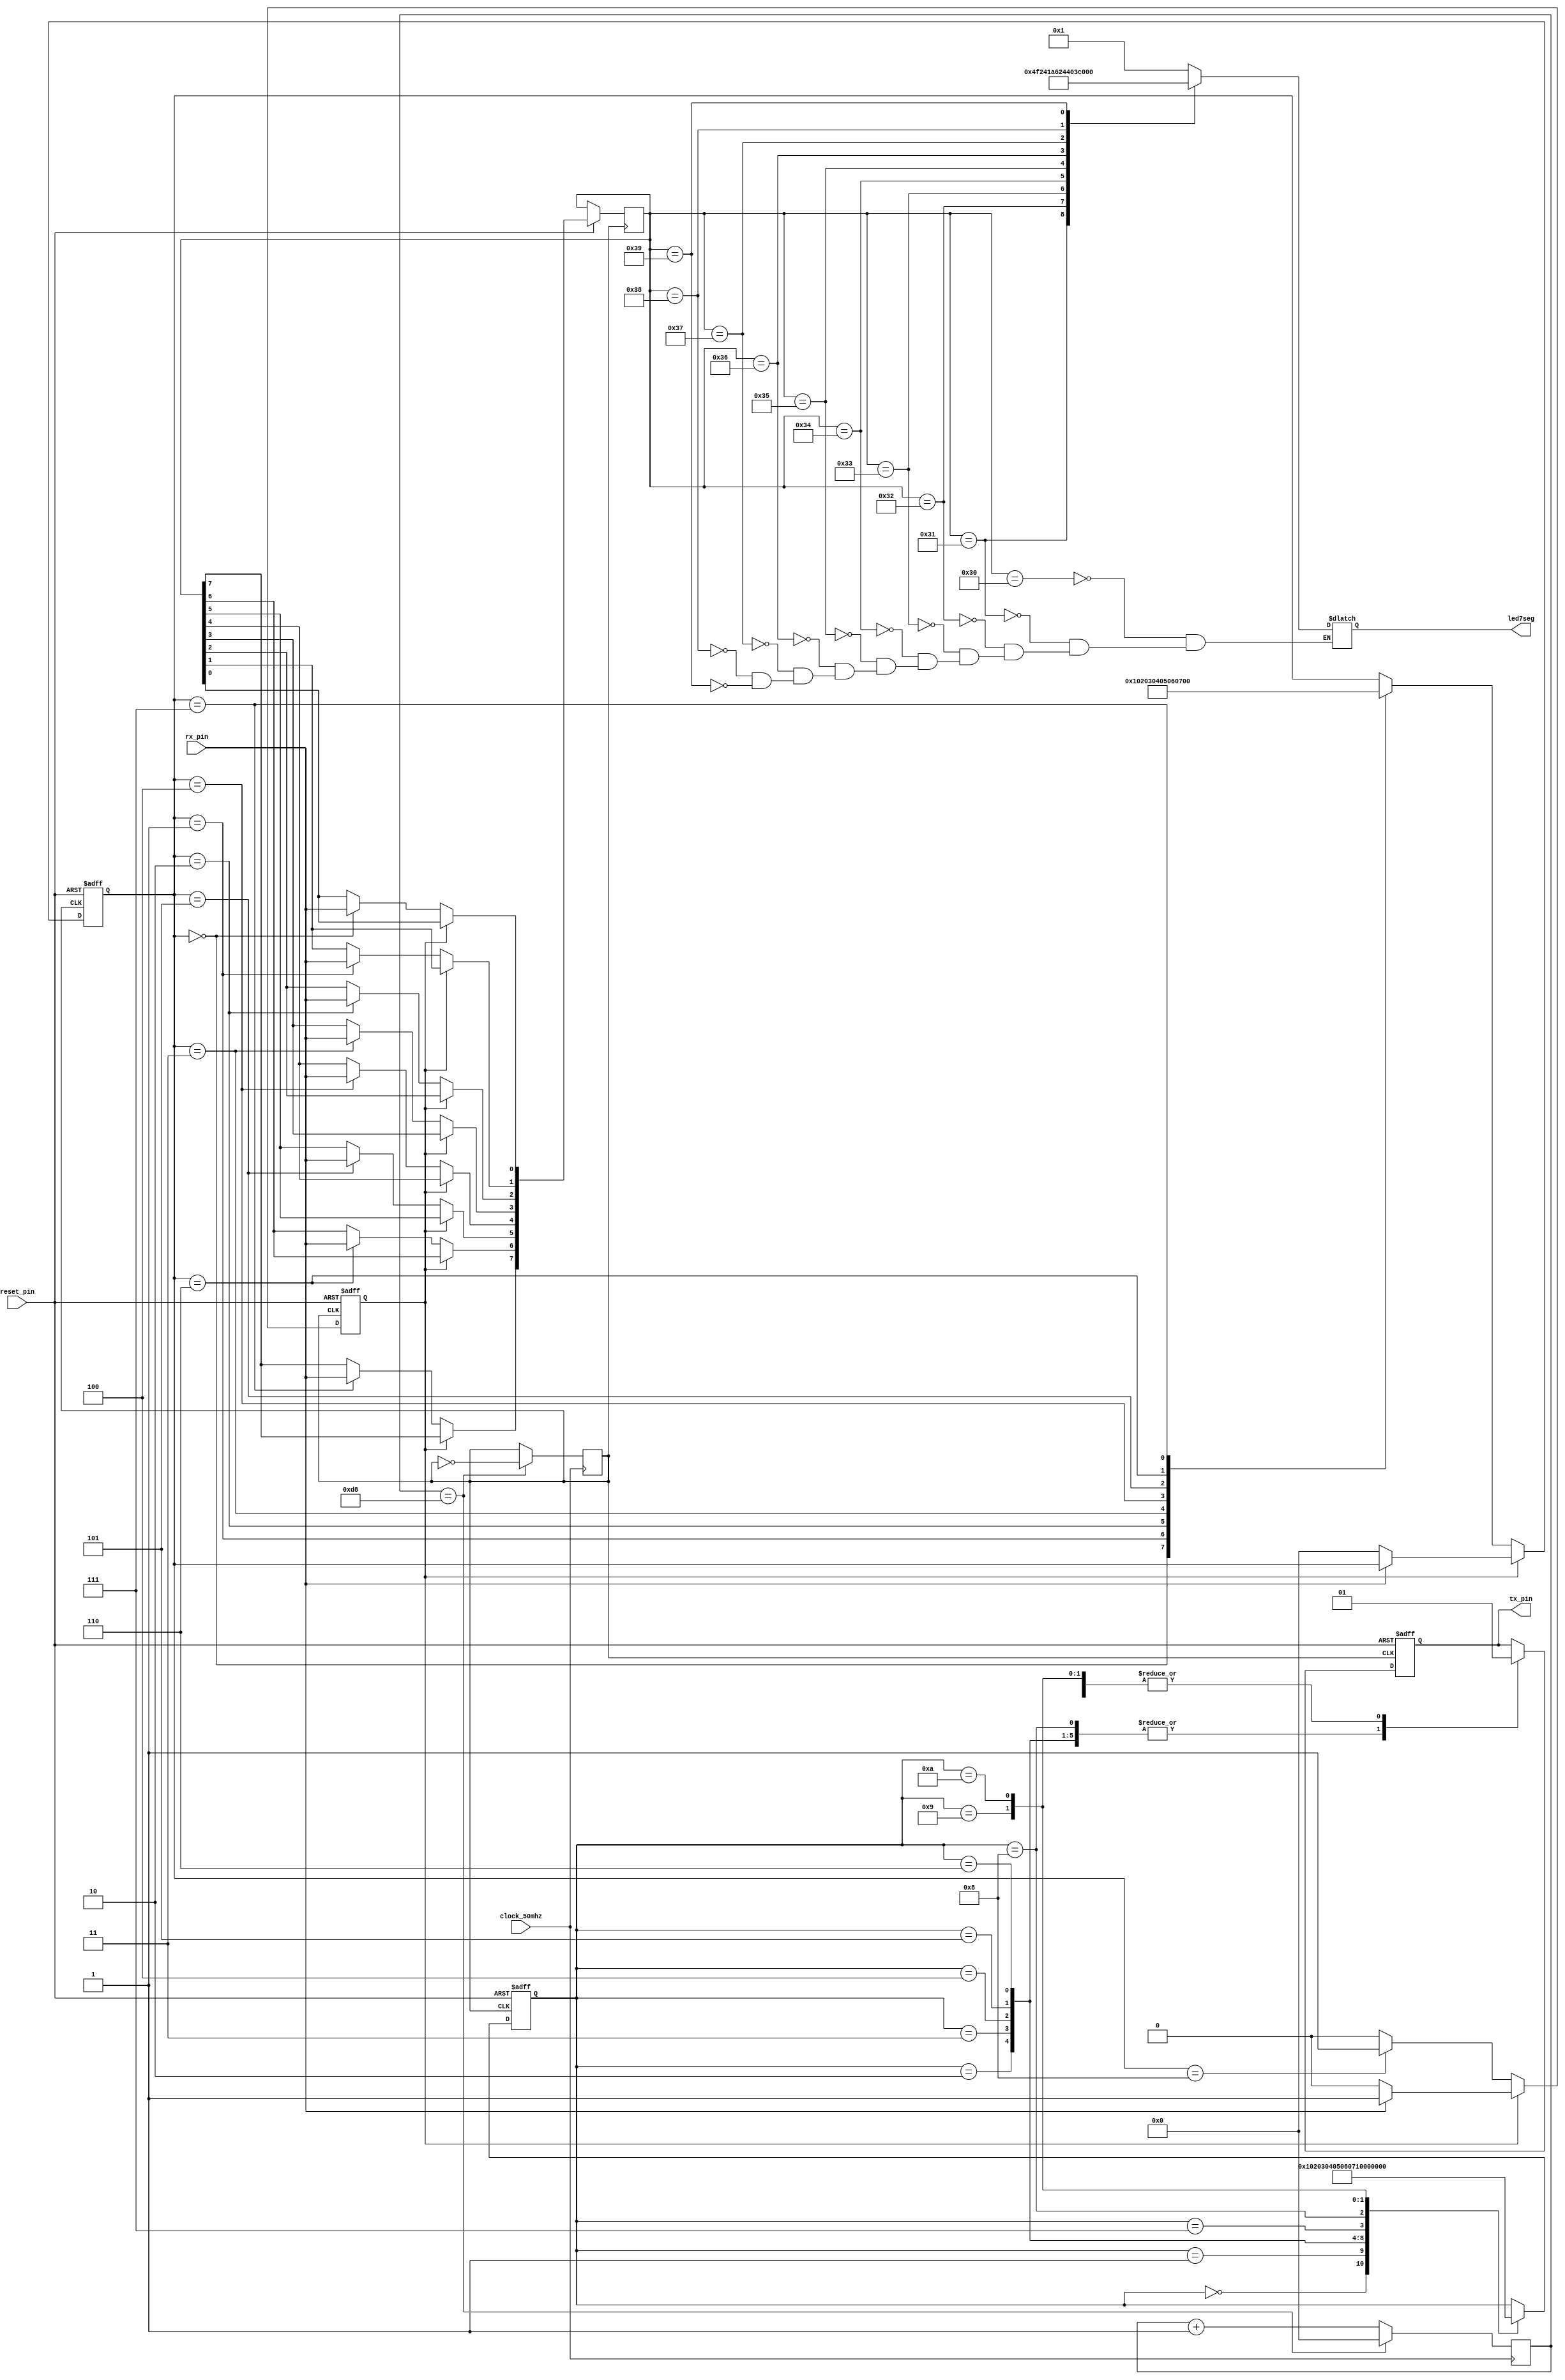
module uartLib(clock_50mhz, 
					tx_pin, 
					rx_pin, 
					reset_pin, 
					//clock_out, 
					//tx_test, 
					led7seg);

// khai bao các chan vào ra
input 	clock_50mhz;
input 	rx_pin;
input		reset_pin;
output	tx_pin;
//output	tx_test;							// kiem tra frame truyen
//output	clock_out;						// kiem tra xung clock baurate
output [0:6] led7seg;

// tao cac bien thay doi
reg rx;				
reg tx;

reg 		[7:0] 	data_tx = 8'h41;	// du lieu rx gui di
reg		[7:0]		data_rx;				// du lieu rx nhan duoc
reg		[7:0]		counter; 			// 50000000:115200:2 = 217. tính so xung cho 1 nua chu ky baurate 115200/s
reg					clock; 				// lAY Xung cạnh len duoc tan so 115200/s baurate mong muon.
reg		[7:0]		stt_tx;				//	trang thai khung truyen uart
reg		[7:0]		stt_rx;				//	trang thai khung nhan uart
reg					rx_ready;			//	bit kiem tra chân rx da san sang nhan du lieu hay chua = 1 la san sang

reg		[7:0] 	HEX1;					// bien gan gia tri rx nhan duoc sang ma led 7 doan


// chuong trinh tao 1 xung clock co baurade 115200 xung /s
always@(posedge clock_50mhz)
	begin
		if(counter == 8'd216)
			begin
				counter<=0;
				clock= ~clock; 
			end
		else
			counter <= counter + 1;
	end



// chuong trinh uart gui du lieu	
always@(posedge clock or negedge reset_pin)
	begin
		if(!reset_pin)																	//khoi tao
			begin
				stt_tx <= 0;				
				tx <= 1;
			end
		else 
			case(stt_tx)
				8'd0: begin tx<=0; 				stt_tx<=1; end					// start
				8'd1:	begin tx <= data_tx[0]; stt_tx<=2; end					// gui bit lsb - bit[0]
				8'd2:	begin tx <= data_tx[1]; stt_tx<=3; end					//  bit[1]
				8'd3:	begin tx <= data_tx[2]; stt_tx<=4; end					//  bit[2]
				8'd4:	begin tx <= data_tx[3]; stt_tx<=5; end					//  bit[3]
				8'd5:	begin tx <= data_tx[4]; stt_tx<=6; end					//  bit[4]
				8'd6:	begin tx <= data_tx[5]; stt_tx<=7; end					//  bit[5]
				8'd7:	begin tx <= data_tx[6]; stt_tx<=8; end					//  bit[6]
				8'd8:	begin tx <= data_tx[7]; stt_tx<=9; end					//  gui bit msb - bit[7]
				8'd9:	begin tx <= 1; 			stt_tx<=10; end				//  stop
				8'd10:begin tx <= 1; 			stt_tx<=11; end					
				
			endcase
		end

// CHUONG TRINH NHAN DU LIEU
always@(posedge clock or negedge reset_pin)
	begin
		if(!reset_pin)						//reset lại thiet bi
			begin
				stt_rx <= 0;
				rx_ready <= 1;				// dua ve trang thai san sang nhan du lieu
			end
		else if(rx_ready)					// kiem tra trang thai 
			begin
				if(input_rx == 0) begin stt_rx <= 0; rx_ready <= 0; end // nhan tin hieu reciver start
			end
				
		else 
			case(stt_rx)
				8'd0: begin data_rx[0]	<= input_rx; stt_rx<=1; end		// nhan bit du lieu dau tien
				8'd1:	begin data_rx[1]	<= input_rx; stt_rx<=2; end		
				8'd2:	begin data_rx[2]	<= input_rx; stt_rx<=3; end
				8'd3:	begin data_rx[3]	<= input_rx; stt_rx<=4; end
				8'd4:	begin data_rx[4]	<= input_rx; stt_rx<=5; end
				8'd5:	begin data_rx[5]	<= input_rx; stt_rx<=6; end
				8'd6:	begin data_rx[6]	<= input_rx; stt_rx<=7; end
				8'd7:	begin data_rx[7]	<= input_rx; stt_rx<=8; end		// nhan bit du lieu cuoi cung
				8'd8:	rx_ready <= 1;
				//8'd9:	
			endcase
		end

// hien thi du lieu nhan duoc ra LED 7 doan
always@(clock_50mhz)
	begin
		case(data_rx)
			8'h30 : HEX1 = 7'b0000001;
			8'h31 : HEX1 = 7'b1001111;
			8'h32 : HEX1 = 7'b0010010;
			8'h33 : HEX1 = 7'b0000110;
			8'h34 : HEX1 = 7'b1001100;
			8'h35 : HEX1 = 7'b0100100;
			8'h36 : HEX1 = 7'b0100000;
			8'h37 : HEX1 = 7'b0001111;
			8'h38 : HEX1 = 7'b0000000;
			8'h39 : HEX1 = 7'b0000100;
		endcase
	end
		
		
assign led7seg = HEX1;	
assign input_rx = rx_pin;	
assign tx_pin = tx;
assign tx_test = tx;
assign clock_out = clock;
endmodule